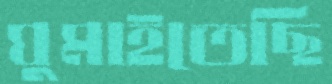
ঘুমাইতেছি